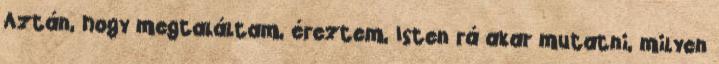
Aztán, hogy megtaláltam, éreztem, Isten rá akar mutatni, milyen